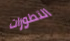
التطورات